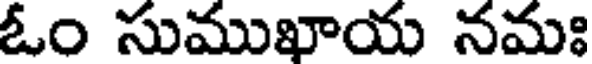
ఓం సుముఖాయ నమః